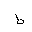
Letter: _da